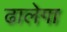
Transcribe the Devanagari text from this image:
ढालेगा